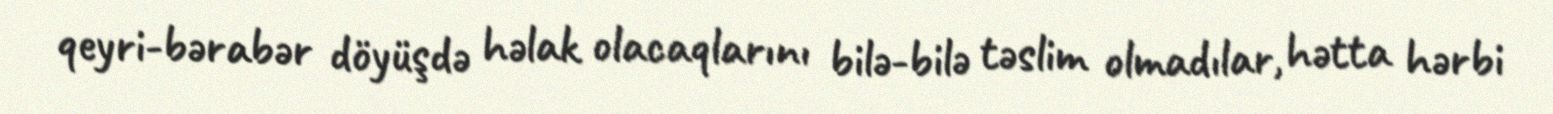
qeyri-bərabər döyüşdə həlak olacaqlarını bilə-bilə təslim olmadılar, hətta hərbi